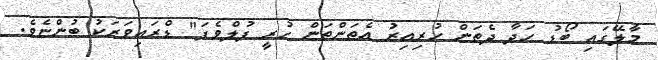
މާލޭގައި ބޯޑު ހަދާ ދެތަން ހުރިއިރު އެތަންތަން ހުރީ ފުލްވެފަ" ޑްރައިވަރަކު ބުންޏެވެ.